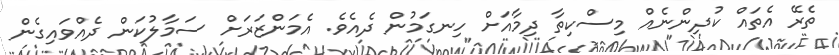
ތެރޭ އެތައް ކުދިންނެއް މިސްކިތާ ދިމާއަށް ހިނގަމުން ދެއެވެ. އެމަންޒަރަށް ސަމާލުކަން ދެއްވައިގެން